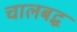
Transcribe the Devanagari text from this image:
चालबद्ध